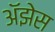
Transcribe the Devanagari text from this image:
अॅझेस